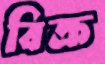
বিক্র